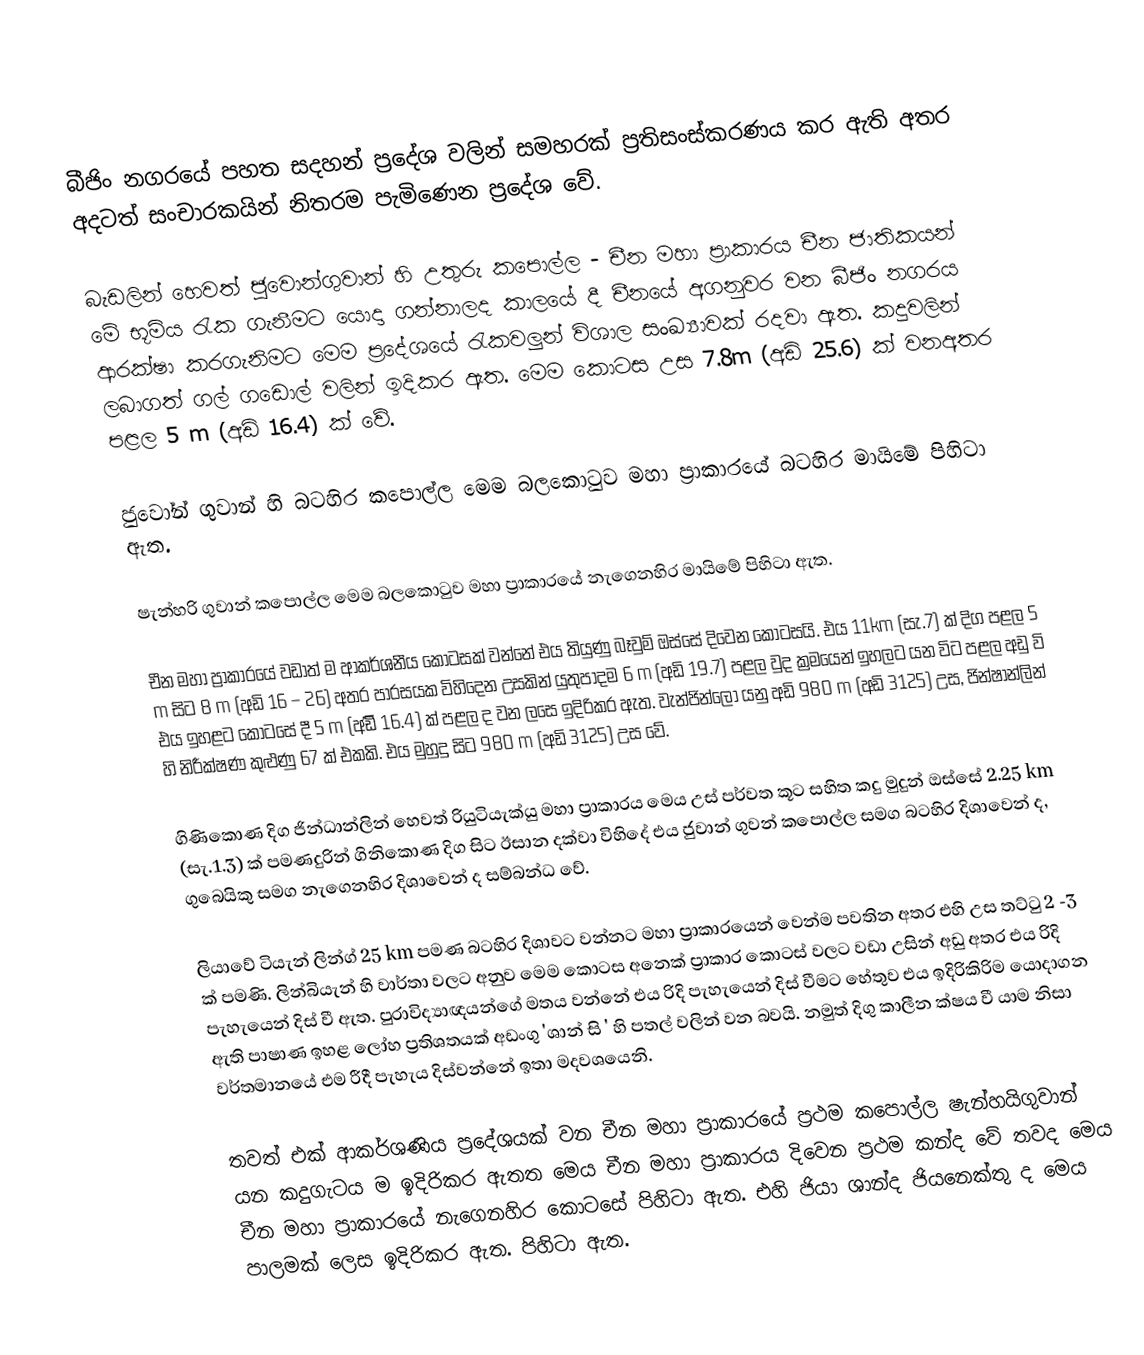
බීජිං නගරයේ පහත සදහන් ප්‍රදේශ වලින් සමහරක් ප්‍රතිසංස්කරණය කර ඇති අතර අදටත් සංචාරකයින් නිතරම පැමිණෙන ප්‍රදේශ වේ.

බැඩලින් හෙවත් ජුවොන්ගුවාන් හි උතුරු කපොල්ල - චීන මහා ප්‍රාකාරය චීන ජාතිකයන්  මේ භූමිය   රැක ගැනීමට යොදා ගන්නාලද කාලයේ දී  චීනයේ අගනුවර වන බීජිං නගරය ආරක්ෂා කරගැනිමට මෙම ප්‍රදේශයේ රැකවලුන් විශාල සංඛ්‍යාවක් ‍රදවා ඇත. කදුවලින් ලබාගත් ගල් ගඩොල් වලින් ඉදිකර   ඇත. මෙම කොටස උස 7.8m  (අඩි 25.6) ක් වනඅතර පළල 5 m (අඩි 16.4) ක් වේ.

ජුවෝන් ගුවාන් හි බටහිර කපොල්ල මෙම බලකොටුව මහා ප්‍රාකාරයේ බටහිර මායිමේ පිහිටා ඇත.

ෂැන්හරි ගුවාන් කපොල්ල මෙම බලකොටුව මහා ප්‍රාකාරයේ නැගෙනහිර මායිමේ පිහිටා ඇත.

චීන මහා ප්‍රාකාරයේ වඩාත් ම ආකර්ශනීය කොටසක් වන්නේ එය තියුණු බෑවුම් ඔස්සේ දිවෙන කොටසයි. එය  11km   (සැ.7) ක් දිග පළල 5 m  සිට  8 m  (අඩි 16 – 26) අතර පාරසයක  විහිදෙන උසකින් යුතුපාදම   6 m  (අඩි 19.7)  පළල වුද ක්‍රමයෙන් ඉහලට යන විට පළල අඩු වි එය ඉහළට කොටසේ දී   5 m  (අඩිි 16.4) ක් පළල ද වන ලසෙ ඉදිරිකර ඇත. වැන්ජින්‍ලෝ යනු අඩි 980 m (අඩි 3125) උස, ජින්ෂාන්ලින් හි නිරීක්ෂණ කුළුණු 67 ක් එකකි. එය මුහුදු සිට 980 m  (අඩි 3125) උස වේ.

ගිණිකොණ දිග ජින්ධාන්ලින්  හෙවත් රියුටියැක්යු මහා ප්‍රාකාරය මෙය උස් පර්වත කූට සහිත කදු මුදුන් ඔස්සේ 2.25 km  (සැ.1.3) ක් පමණදුරින් ගිනිකොණ දිග සිට ඊසාන  දක්වා විහිදේ එය ජු‍වාන් ගුවන් ‍කපොල්ල සමග බටහිර දිශාවෙන් ද, ගුබෙයිකු සමග නැගෙනහිර දිශාවෙන් ද සම්බන්ධ වේ.

ලියාවේ ටියැන් ලින්ග් 25 km  පමණ බටහිර දිශාවට වන්නට මහා ප්‍රාකාරයෙන් වෙන්ම පවතින අතර එහි උස තට්ටු 2 -3 ක් පමණි. ලින්බියැන් හි වාර්තා වලට  අනුව මෙම කොටස අනෙක් ප්‍රාකාර කොටස් වලට වඩා උසින් අඩු අතර එය රිදි පැහැයෙන් දිස් වී ඇත. පුරාවිද්‍යාඥයන්ගේ මතය වන්නේ  එය රිදි පැහැයෙන් දිස් වීමට හේතුව එය ඉදිරිකිරිම යොදාගන ඇති පාෂාණ ඉහළ ලෝහ ප්‍රතිශතයක් අඩංගු 'ශාන් සි ' හි පතල් වලින් වන බවයි. නමුත් දිගු කාලීන ක්ෂය වී යාම  නිසා වර්තමානයේ එම රීදී පැහැය දිස්වන්නේ ඉතා ‍මදවශයෙනි.

තවත් එක් ආකර්ශණිය ප්‍රදේශයක් වන චීන මහා ප්‍රාකාරයේ ප්‍රථම කපොල්ල ෂැන්හයිගුවාන් යන කදුගැට‍ය ම ඉදිරිකර ඇතත මෙය චීන මහා ප්‍රාකාරය දිවෙන ප්‍රථම කන්ද වේ තවද මෙය චීන මහා ප්‍රාකාරයේ නැගෙනහිර කොටසේ පිහිටා ඇත. එහි ජියා ශාන්ද ජියනෙක්තු ද මෙය පාලමක් ලෙස ඉදිරිකර ඇත. පිහිටා ඇත.